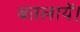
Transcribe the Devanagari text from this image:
बतलायें।